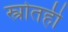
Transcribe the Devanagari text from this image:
स्त्रोतही